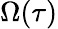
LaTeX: \Omega(\tau)